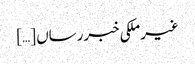
غیرملکی خبررساں […]